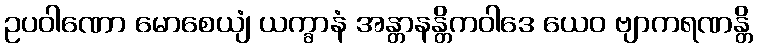
ဥပဝါဏော မောစေယျံ ယက္ခာနံ အန္တာနန္တိကဝါဒေ ယေဝ ဗျာကရဏန္တိ